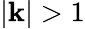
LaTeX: |\mathbf{k}|>1